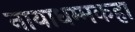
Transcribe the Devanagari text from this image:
नायाधम्मकहा